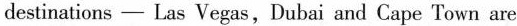
destinations—Las Vegas, Dubai and Cape Town are